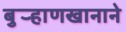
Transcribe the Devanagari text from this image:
बुर्‍हाणखानाने